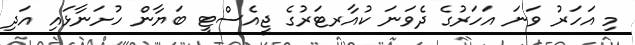
މި އަހަރު ވަނަ އަހަރުގެ ދެވަނަ ކުއާރޓަރުގެ ޖީއެސްޓީ ބަޔާން ހުށަނާޅައި އަދި